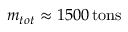
m _ { t o t } \approx 1 5 0 0 \, { \mathrm { t o n s } }